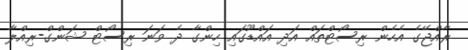
ރާއްޖޭގެ އެހެން ރިސޯޓްތައް އަދި އައްޑޫގައި ހިންގާ ދެ ވަނަ ރިސޯޓް ޝަންގް-ރިއްލާ